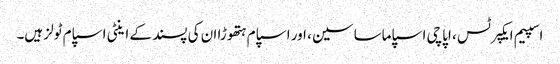
اسپیم ایکپرٹس ، اپاچی اسپاماساسین ، اور اسپام ہتھوڑا ان کی پسند کے اینٹی اسپام ٹولز ہیں۔